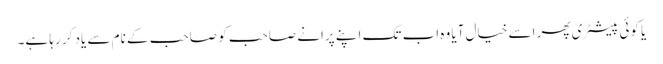
یا کوئی پیسٹری پھر اسے خیال آیا وہ اب تک اپنے پرانے صاحب کو صاحب کے نام سے یاد کر رہا ہے۔